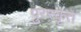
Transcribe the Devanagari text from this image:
पुरस्‍कृत